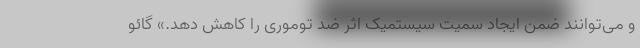
و می‌توانند ضمن ایجاد سمیت سیستمیک اثر ضد توموری را کاهش دهد.» گائو